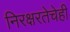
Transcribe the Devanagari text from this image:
निरक्षरतेचेही